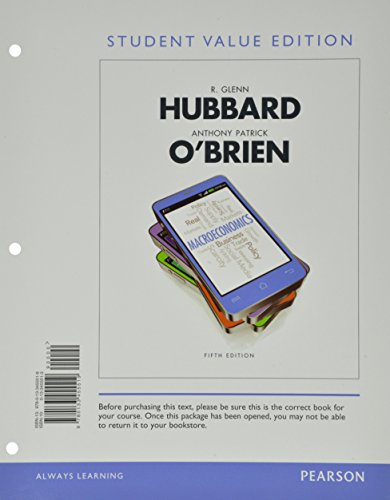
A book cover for Macroeconomics, Student Value Edition Plus NEW MyEconLab with Pearson eText (1-semester access) -- Access Card Package (5th Edition); Glenn P. Hubbard; Business & Money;